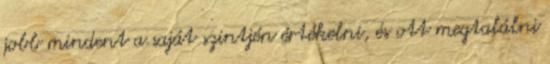
jobb mindent a saját szintjén értékelni, és ott megtalálni